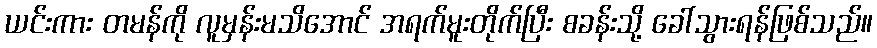
ယင်းကား တမန်ကို လူမှန်းမသိအောင် အရက်မူးတိုက်ပြီး စခန်းသို့ ခေါ်သွားရန်ဖြစ်သည်။